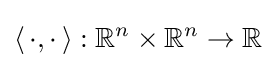
\langle \,\cdot ,\cdot \,\rangle :\mathbb {R} ^{n}\times \mathbb {R} ^{n}\to \mathbb {R}